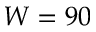
W = 9 0